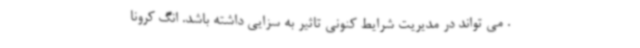
. می تواند در مدیریت شرایط کنونی تاثیر به سزایی داشته باشد. انگ کرونا